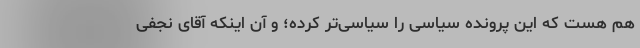
هم هست که این پرونده سیاسی را سیاسی‌تر کرده؛ و آن اینکه آقای نجفی